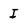
Character: I